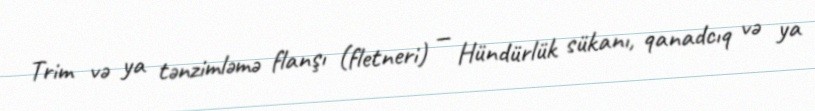
Trim və ya tənzimləmə flanşı (fletneri) — Hündürlük sükanı, qanadcıq və ya